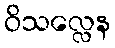
ဝိသလ္လေန